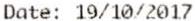
DATE: 19/10/2017